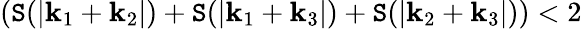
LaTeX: \left(\mathtt{S}(|\mathbf{{k}}_{1}+\mathbf{{k}}_{2}|)+\mathtt{S}(|\mathbf{{k}}_{1}+\mathbf{{k}}_{3}|)+\mathtt{S}(|\mathbf{{k}}_{2}+\mathbf{{k}}_{3}|)\right)<2